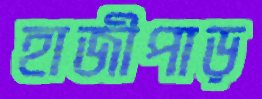
হাজীপাড়